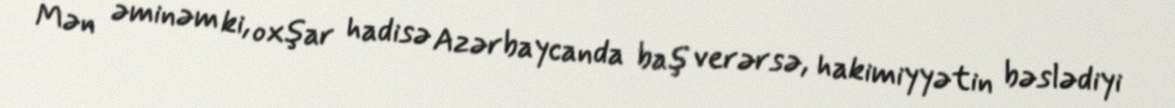
Mən əminəm ki, oxşar hadisə Azərbaycanda baş verərsə, hakimiyyətin bəslədiyi